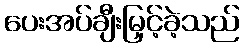
ပေးအပ်ချီးမြှင့်ခဲ့သည်